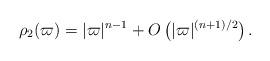
LaTeX: \begin{align*}\rho_2(\varpi)=|\varpi|^{n-1} + O\left(|\varpi|^{(n+1)/2}\right).\end{align*}